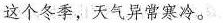
这个冬季，天气异常寒冷。